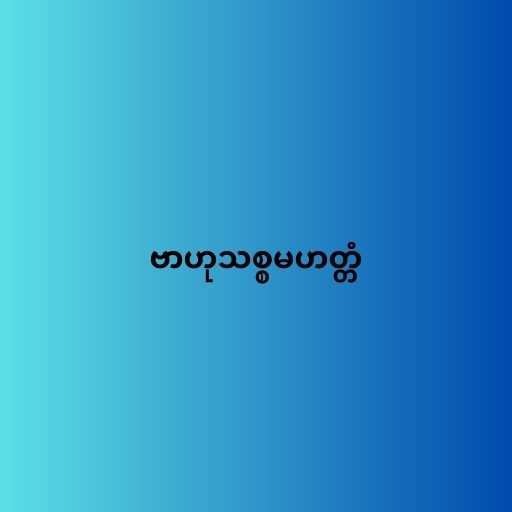
ဗာဟုသစ္စမဟတ္တံ